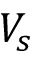
V _ { s }